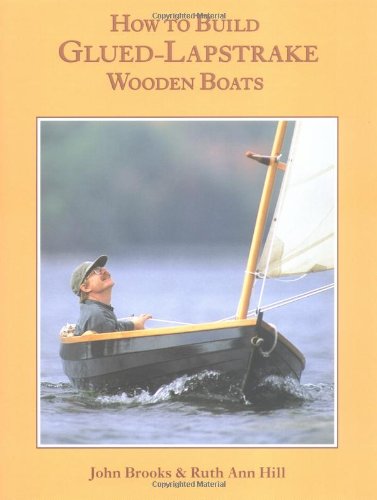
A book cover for How to Build Glued-Lapstrake Wooden Boats; John Brooks; Engineering & Transportation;